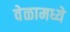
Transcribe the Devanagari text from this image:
वेळामध्ये